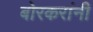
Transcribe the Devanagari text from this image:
बोरकरांनी